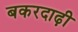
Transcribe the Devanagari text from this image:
बकरदाढ़ी